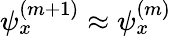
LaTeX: \psi_{x}^{(m+1)}\approx\psi_{x}^{(m)}